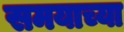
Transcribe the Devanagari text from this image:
समयाच्या